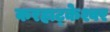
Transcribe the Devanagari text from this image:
करहाट्केश्वर